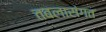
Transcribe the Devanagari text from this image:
तबलासंगत